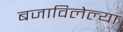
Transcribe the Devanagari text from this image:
बजाविलेल्या